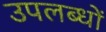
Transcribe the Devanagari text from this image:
उपलब्धों